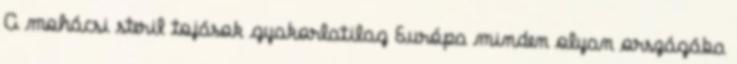
A mohácsi steril tojások gyakorlatilag Európa minden olyan országába